Report on vaccination in Madras 1922-1929 - 1922-1929
Year: 1922
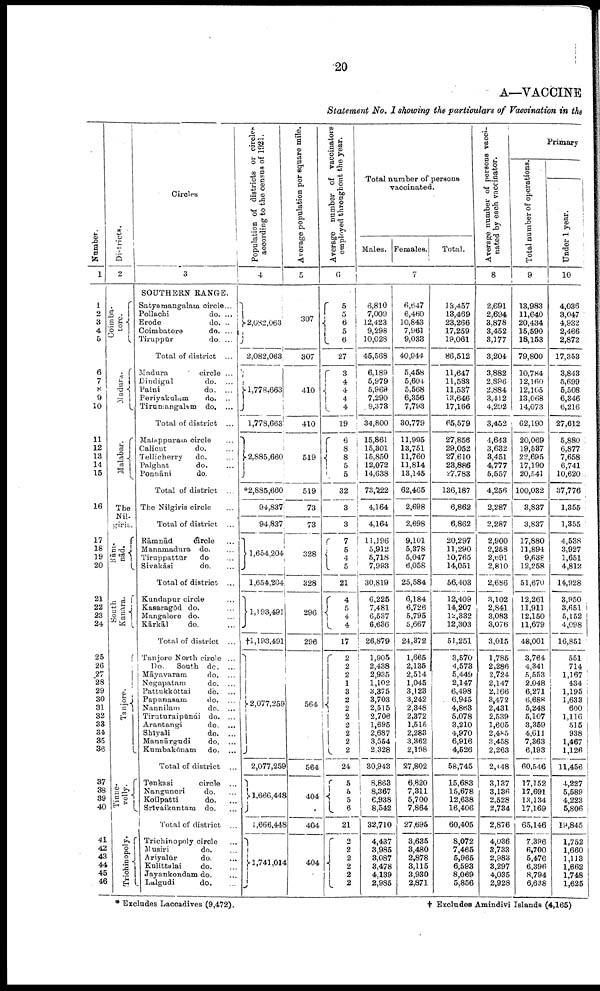
20
A—VACCINE
Statement No. I showing the particulars of Vaccination in the
Number.
1
1
2
3
4
5
6
7
8
9
10
11
12
13
14
15
16
17
18
19
20
21
22
23
24
25
26
27
28
29
30
31
32
33
34
35
36
37
38
39
40
41
42
43
44
45
46
Districts.
2
Coimba¬
tore.
Madura.
Malabar
The
Nil¬
giris.
Rām¬
nād.
South
Kanara.
Tanjore.
Tinne¬
velly.
Trichinopoly.
Circles
3
SOUTHERN RANGE.
Satyamangalam circle...
Pollachi
do. ...
Erode
do. ...
Coimbatore
do. ...
Tiruppūr
do. ...
Total of district ...
Madura
circle ...
Dindigul
do. ...
Palni
do. ...
Periyakulam
do. ...
Tirumangalam do. ...
Total of district ...
Malappuram circle ...
Calicut
do. ...
Tellicherry
do. ...
Palghat
do. ...
Ponnāni
do. ...
Total of district ...
The Nilgiris circle ...
Total of district ...
Rāmnād
circle ...
Manamadura do. ...
Tiruppattūr
do ...
Sivakāsi
do. ...
Total of district ...
Kundapur circle ...
Kasaragōd do. ...
Mangalore do. ...
Kārkāl
do. ...
Total of district ...
Tanjore North circle ...
Do.
South do. ...
Māyavaram
do. ...
Negapatam
do. ...
Pattukkōttai
do. ...
Papanasam
do. ...
Nannilam
do. ...
Timturaipūndi do. ...
Arantangi
do. ...
Shīyali
do. ...
Mannārgudi
do. ...
Kumbakōnam
do. ...
Total of district ...
Tenkasi
circle ...
Nanguneri
do. ...
Koilpatti
do. ...
Srīvaikuntam do. ...
Total of district ...
Trichinopoly circle ...
Musiri
do. ...
Ariyalūr
do. ...
Kulittalai
do. ...
Jayankondam do. ...
Lalgudi
do. ...
Population of districts or circles
according to the census of 1921.
4
2,082,063
2,082,063
1,778,663
1,778,663
2,885,660
*2,885,660
94,837
94,837
1,654,204
1,654,204
1,193,491
†1,193,491
2,077,259
2,077,259
1,666,448
1,666,448
1,741,014
Average population per square mile.
5
307
307
410
410
519
519
73
73
328
328
296
296
564
564
404
404
404
Average number of vaccinators
employed throughout the year.
6
5
5
6
5
6
27
3
4
4
4
4
19
6
8
8 5
5
32
3
3
7
5
4
5
21
4
5
4 4
17
2
2
2
1
3
2
2
2
2
2
2
2
24
5
5 5
6
21
2
2
2
2 2
2
Total number of persons
vaccinated.
Males. Females.
Total.
7
6,810
7,009
12,423
9,298
10,028
45,568
6,189
5,979
5,969
7,290
9,373
34,800
15,861
15,301
15,850
12,072
14,638
73,722
4,164
4,164
11,196
5,912
5,718
7,993
30,819
6,225
7,481
6,537
6,636
26,879
1,905
2,438
2,935
1,102
3,375
3,703
2,515
2,706
1,695
2,687
3,554
2,328
30,943
8,863
8,367
6,938
8,542
32,710
4,437
3,985
3,087
3,478
4,139
2,985
6,647
6,460
10,843
7,961
9,033
40,944
5,458
5,604
5,568
6,356
7,793
30,779
11,995
13,751
11,760
11,814
13,145
62,465
2,698
2,698
9,101
5,378
5,047
6,058
25,584
6,184
6,726
5,795
5,667
24,372
1,665
2,135
2,514
1,045
3,123
3,242
2,348
2,372
1,515
2,283
3,362
2,198
27,802
6,820
7,311
5,700
7,864
27,695
3,635
3,480
2,878
3,115
3,930
2,871
13,457
13,469
23,266
17,259
19,061
86,512
11,647
11,583
11,537
13,646
17,166
65,579
27,856
29,052
27,610
23,886
27,783
136,187
6,862
6,862
20,297
11,290
10,765
14,051
56,403
12,409
14,207
12,332
12,303
51,251
3,570
4,573
5,449
2,147
6,498
6,945
4,863
5,078
3,210
4,970
6,916
4,526
58,745
15,683
15,678
12,638
16,406
60,405
8,072
7,465
5,965
6,593
8,069
5,856
Average number of persons vacci
nated by each vaccinator.
8
2,691
2,694
3,878
3,452
3,177
3,204
3,882
2,896
2,884
3,412
4,292
3,452
4,643
3,632
3,451
4,777
5,557
4,256
2,287
2,287
2,900
2,258
2,691
2,810
2,686
3,102
2,841
3,083
3,076
3,015
1,785
2,286
2,724
2,147
2,166
3,472
2,431
2,539
1,605
2,485
3,458
2,263
2,448
3,137
3,136
2,528
2,734
2,876
4,036
3,733
2,983
3,297
4,035
2,928
Primary
Total number of operations.
9
13,988
11,640
20,434
15,590
18,153
79,800
10,784
12,160
12,105
13,068
14,073
62,190
20,069
19,537
22,695
17,190
20,541
100,032
3,837
3,837
17,880
11,894
9,638
12,258
51,670
12,261
11,911
12,150
11,679
48,001
3,764
4,341
5,553
2,048
6,271
6,688
5,248
5,107
3,359
4,611
7,363
6,193
60,546
17,152
17,691
13,134
17,169
65,146
7,396
6,700
5,476
6,396
8,794
6,638
Under 1 year.
10
4,036
3,047
4,932
2,466
2,872
17,353
3,843
5,699
5,508
6,346
6,216
27,612
5,880
6,877
7,658
6,741
10,620
37,776
1,355
1,355
4,538
3,927
1,651
4,812
14,928
3,950
3,651
5,152
4,098
16,851
551
714
1,167
434
1,195
1,633
600
1,116
515
938
1,467
1,126
11,456
4,227
5,589
4,223
5,806
19,845
1,752
1,660
1,113
1,662
1,748
1,625
* Excludes Laccadives (9,472).
† Excludes Amindivi Islands (4,165)